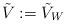
LaTeX: \begin{align*}\tilde{V}:=\tilde{V}_W\end{align*}